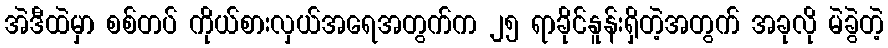
အဲဒီထဲမှာ စစ်တပ် ကိုယ်စားလှယ်အရေအတွက်က ၂၅ ရာခိုင်နူန်းရှိတဲ့အတွက် အခုလို မဲခွဲတဲ့